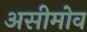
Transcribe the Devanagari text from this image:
असीमोव